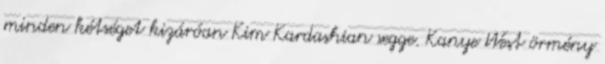
minden kétséget kizáróan Kim Kardashian segge. Kanye West örmény